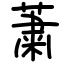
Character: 䔥